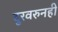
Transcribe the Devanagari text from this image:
दुरवरुनही